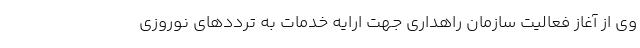
وی از آغاز فعالیت سازمان راهداری جهت ارایه خدمات به ترددهای نوروزی